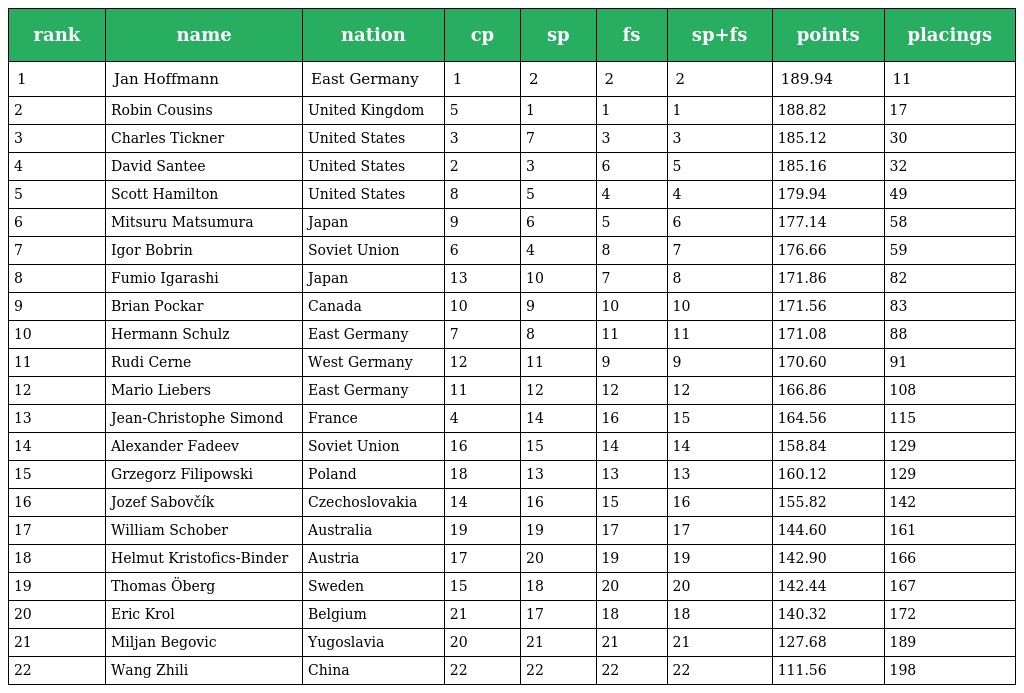
| rank | name | nation | cp | sp | fs | sp+fs | points | placings |
 | --- | --- | --- | --- | --- | --- | --- | --- | --- |
 | 1 | Jan Hoffmann | East Germany | 1 | 2 | 2 | 2 | 189.94 | 11 |
 | 2 | Robin Cousins | United Kingdom | 5 | 1 | 1 | 1 | 188.82 | 17 |
 | 3 | Charles Tickner | United States | 3 | 7 | 3 | 3 | 185.12 | 30 |
 | 4 | David Santee | United States | 2 | 3 | 6 | 5 | 185.16 | 32 |
 | 5 | Scott Hamilton | United States | 8 | 5 | 4 | 4 | 179.94 | 49 |
 | 6 | Mitsuru Matsumura | Japan | 9 | 6 | 5 | 6 | 177.14 | 58 |
 | 7 | Igor Bobrin | Soviet Union | 6 | 4 | 8 | 7 | 176.66 | 59 |
 | 8 | Fumio Igarashi | Japan | 13 | 10 | 7 | 8 | 171.86 | 82 |
 | 9 | Brian Pockar | Canada | 10 | 9 | 10 | 10 | 171.56 | 83 |
 | 10 | Hermann Schulz | East Germany | 7 | 8 | 11 | 11 | 171.08 | 88 |
 | 11 | Rudi Cerne | West Germany | 12 | 11 | 9 | 9 | 170.60 | 91 |
 | 12 | Mario Liebers | East Germany | 11 | 12 | 12 | 12 | 166.86 | 108 |
 | 13 | Jean-Christophe Simond | France | 4 | 14 | 16 | 15 | 164.56 | 115 |
 | 14 | Alexander Fadeev | Soviet Union | 16 | 15 | 14 | 14 | 158.84 | 129 |
 | 15 | Grzegorz Filipowski | Poland | 18 | 13 | 13 | 13 | 160.12 | 129 |
 | 16 | Jozef Sabovčík | Czechoslovakia | 14 | 16 | 15 | 16 | 155.82 | 142 |
 | 17 | William Schober | Australia | 19 | 19 | 17 | 17 | 144.60 | 161 |
 | 18 | Helmut Kristofics-Binder | Austria | 17 | 20 | 19 | 19 | 142.90 | 166 |
 | 19 | Thomas Öberg | Sweden | 15 | 18 | 20 | 20 | 142.44 | 167 |
 | 20 | Eric Krol | Belgium | 21 | 17 | 18 | 18 | 140.32 | 172 |
 | 21 | Miljan Begovic | Yugoslavia | 20 | 21 | 21 | 21 | 127.68 | 189 |
 | 22 | Wang Zhili | China | 22 | 22 | 22 | 22 | 111.56 | 198 |